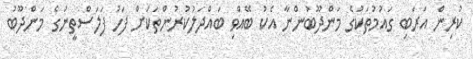
ކުރިން އަރަބި ގައުމުތަކުގެ މަންދޫބުންނާ އެކު ބޭއްވި ބައްދަލުކުރުންތަކަށް ފަހު ފަލަސްތީނުގެ މަންދޫބު